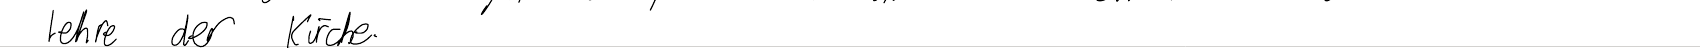
Lehre der Kirche.